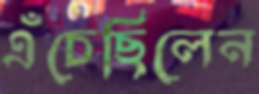
এঁচেছিলেন